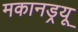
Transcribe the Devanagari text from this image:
मकानड्रयू